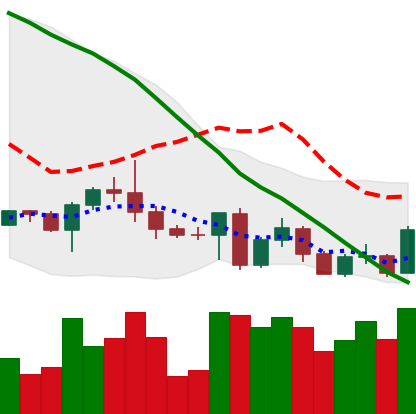
Ticker: BTC-USD
Chart end date: 2022-05-04
Forward return: -23.682%
Label: down_7plus